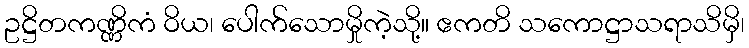
ဥဋ္ဌိတကဏ္ဏိကံ ဝိယ၊ ပေါက်သောမှိုကဲ့သို့။ ဧကတိ သကောဋ္ဌာသရာသိမှိ၊